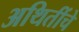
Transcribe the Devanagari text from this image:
अथितींचे